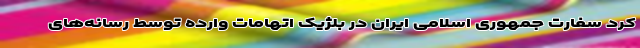
کرد سفارت جمهوری اسلامی ایران در بلژیک اتهامات وارده توسط رسانه‌های